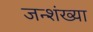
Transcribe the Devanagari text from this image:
जन्शंख्या